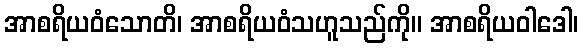
အာစရိယဝံသောတိ၊ အာစရိယဝံသဟူသည်ကို။ အာစရိယဝါဒေါ၊